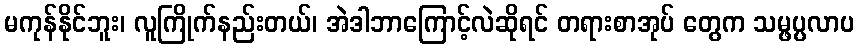
မကုန်နိုင်ဘူး၊ လူကြိုက်နည်းတယ်၊ အဲဒါဘာကြောင့်လဲဆိုရင် တရားစာအုပ် တွေက သမ္ဖပ္ပလာပ